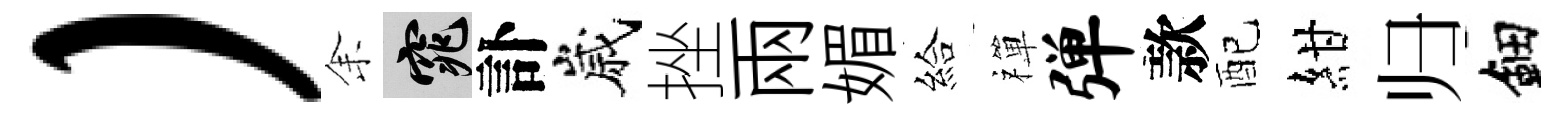
）𪜬窕訃嵗挫兩媚給禪弹款配紺归鈿